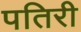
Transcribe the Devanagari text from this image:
पतिरी